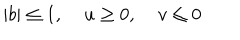
| b | \leq 1 , \; u \geq 0 , \; v \leq 0 \nonumber